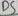
Text: D5